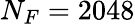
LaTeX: N_{F}=2048